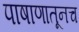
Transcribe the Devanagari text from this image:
पाषाणातूनच